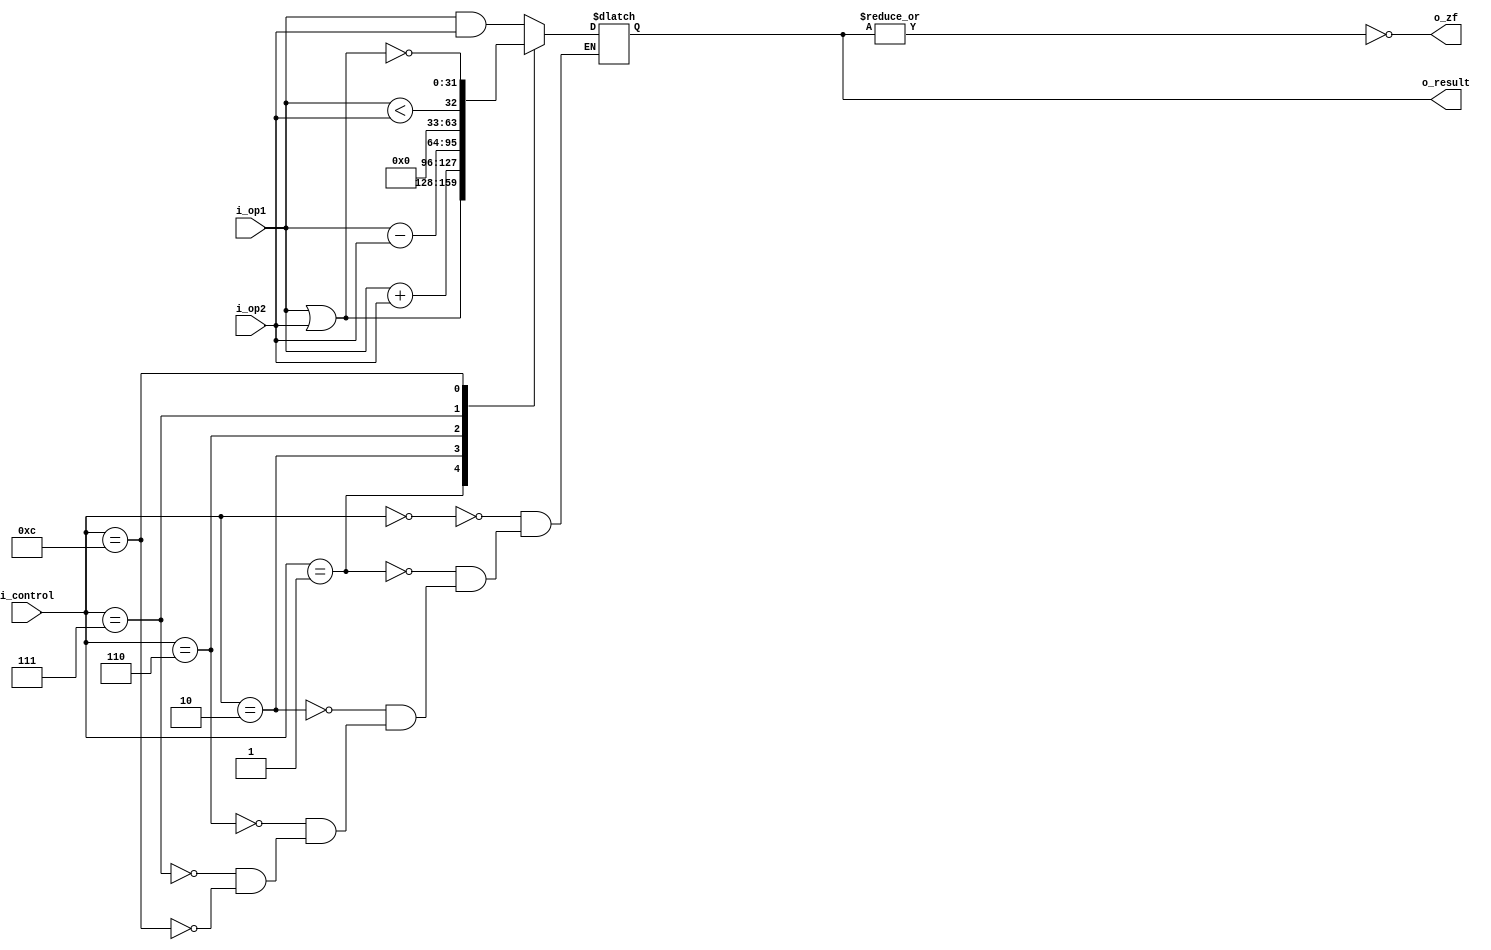
module alu(i_op1, i_op2, i_control, o_result, o_zf);

localparam AND = 4'b0000, OR = 4'b0001, ADD = 4'b0010;
localparam SUB = 4'b0110, SOLT = 4'b0111, NOR = 4'b1100;
//SOLT - Set On Less then
 
  
input       [31:0]  i_op1, i_op2;
input       [3:0]   i_control;
output  reg [31:0]  o_result;
output  reg         o_zf;

always@(i_op1, i_op2, i_control) begin
	case (i_control)
		AND: o_result = i_op1 & i_op2;
		OR:  o_result = i_op1 | i_op2;
		ADD: o_result = i_op1 + i_op2;
		SUB: o_result = i_op1 - i_op2;
		SOLT: o_result = i_op1 < i_op2;
		NOR: o_result = ~(i_op1 | i_op2);
	endcase	
end

assign o_zf = ~|o_result;
  
endmodule